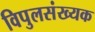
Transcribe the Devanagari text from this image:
विपुलसंख्यक